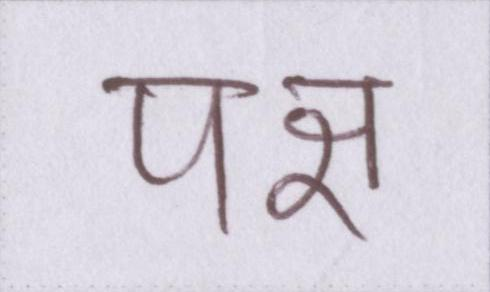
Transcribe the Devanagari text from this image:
पक्ष